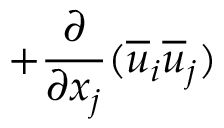
+ \frac { \partial } { \partial x _ { j } } ( \overline { { u } } _ { i } \overline { { u } } _ { j } )